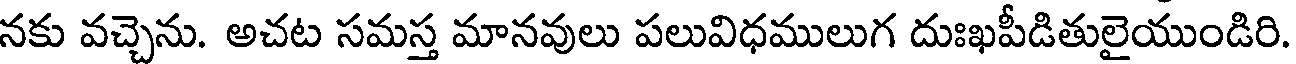
నకు వచ్చెను. అచట సమస్త మానవులు పలువిధములుగ దుఃఖపీడితులైయుండిరి.